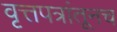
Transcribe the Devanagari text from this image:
वृत्तपत्रांतूनच